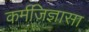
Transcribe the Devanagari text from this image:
कर्मजिज्ञासा